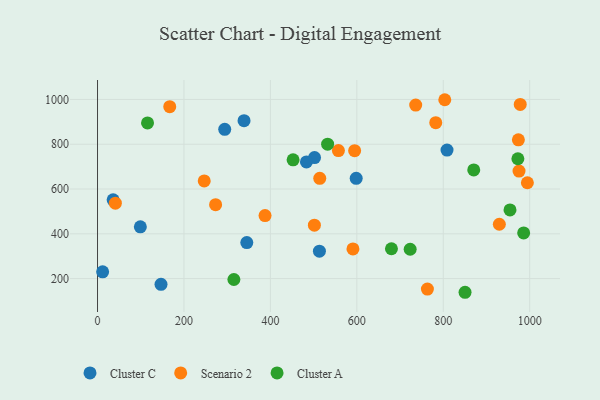
{"axis": {"x": "Price", "y": "Fuel Efficiency"}, "legend": ["Cluster A", "Cluster C", "Scenario 2"], "data": [{"x": "808.7", "y": 773.8, "type": "Cluster C"}, {"x": "345.4", "y": 360.8, "type": "Cluster C"}, {"x": "502.1", "y": 740.4, "type": "Cluster C"}, {"x": "339.0", "y": 905.0, "type": "Cluster C"}, {"x": "36.1", "y": 551.7, "type": "Cluster C"}, {"x": "99.1", "y": 431.1, "type": "Cluster C"}, {"x": "483.4", "y": 720.9, "type": "Cluster C"}, {"x": "598.5", "y": 647.9, "type": "Cluster C"}, {"x": "513.4", "y": 322.5, "type": "Cluster C"}, {"x": "294.3", "y": 866.6, "type": "Cluster C"}, {"x": "11.8", "y": 230.2, "type": "Cluster C"}, {"x": "146.9", "y": 174.3, "type": "Cluster C"}, {"x": "763.3", "y": 153.0, "type": "Scenario 2"}, {"x": "41.3", "y": 536.8, "type": "Scenario 2"}, {"x": "246.9", "y": 636.2, "type": "Scenario 2"}, {"x": "591.0", "y": 332.6, "type": "Scenario 2"}, {"x": "994.6", "y": 628.0, "type": "Scenario 2"}, {"x": "273.2", "y": 530.1, "type": "Scenario 2"}, {"x": "782.6", "y": 896.1, "type": "Scenario 2"}, {"x": "501.8", "y": 438.4, "type": "Scenario 2"}, {"x": "594.9", "y": 771.1, "type": "Scenario 2"}, {"x": "557.4", "y": 771.7, "type": "Scenario 2"}, {"x": "803.5", "y": 998.7, "type": "Scenario 2"}, {"x": "978.1", "y": 977.7, "type": "Scenario 2"}, {"x": "514.2", "y": 647.6, "type": "Scenario 2"}, {"x": "929.7", "y": 442.7, "type": "Scenario 2"}, {"x": "387.6", "y": 481.4, "type": "Scenario 2"}, {"x": "736.2", "y": 975.0, "type": "Scenario 2"}, {"x": "975.3", "y": 680.3, "type": "Scenario 2"}, {"x": "167.1", "y": 967.5, "type": "Scenario 2"}, {"x": "973.8", "y": 819.8, "type": "Scenario 2"}, {"x": "986.0", "y": 403.7, "type": "Cluster A"}, {"x": "954.4", "y": 506.6, "type": "Cluster A"}, {"x": "870.5", "y": 685.4, "type": "Cluster A"}, {"x": "850.4", "y": 138.9, "type": "Cluster A"}, {"x": "680.1", "y": 333.3, "type": "Cluster A"}, {"x": "452.5", "y": 730.2, "type": "Cluster A"}, {"x": "723.4", "y": 331.0, "type": "Cluster A"}, {"x": "315.5", "y": 196.0, "type": "Cluster A"}, {"x": "972.6", "y": 735.1, "type": "Cluster A"}, {"x": "115.7", "y": 895.1, "type": "Cluster A"}, {"x": "532.4", "y": 800.0, "type": "Cluster A"}]}